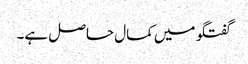
گفتگو میں کمال حاصل ہے۔